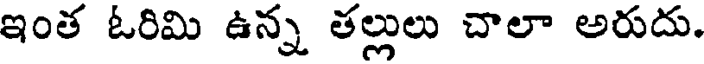
ఇంత ఓరిమి ఉన్న తల్లులు చాలా అరుదు.